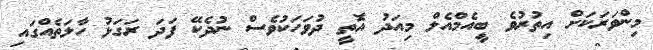
މިންވަރަކަށް އިތުރުވެ ބީއެމްއެލް މިއަދު އޮތީ ދުވަހަކުވެސް ނުދެކޭ ފަދަ ރަގަޅު ހާލަތެއްގައި